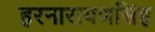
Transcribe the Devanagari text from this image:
हरनारायणसिंह